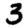
Digit: 3